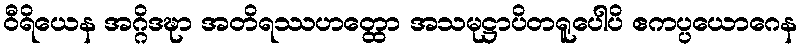
ဝီရိယေန အဂ္ဂိဒဍ္ဎာ အတိရဿဟတ္ထော အသမုဋ္ဌာပိတရူပေါပိ ဧကပ္ပယောဂေန